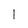
Character: l